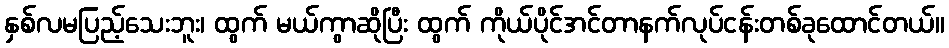
နှစ်လမပြည့်သေးဘူး၊ ထွက် မယ်ကွာဆိုပြီး ထွက် ကိုယ်ပိုင်အင်တာနက်လုပ်ငန်းတစ်ခုထောင်တယ်။